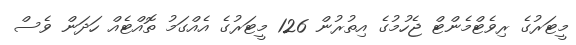
މީޓަރުގެ ރިވެޓްމެންޓް ޖެހުމުގެ އިތުރުން 126 މީޓަރުގެ އެއްގަމު ތޮއްޓެއް ހަދަން ވެސް